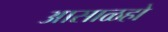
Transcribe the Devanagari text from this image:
आसाळहो